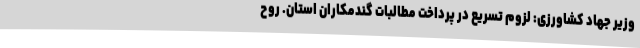
وزیر جهاد کشاورزی: لزوم تسریع در پرداخت مطالبات گندمکاران استان. روح